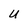
Character: U